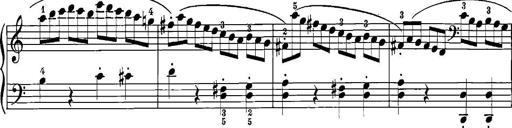
Title: 12 Sonatinas
Composer: Ignaz Pleyel